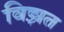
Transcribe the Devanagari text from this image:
विझत